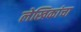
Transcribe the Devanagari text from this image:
लेखिकांचा